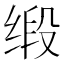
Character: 缎